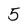
Character: 5